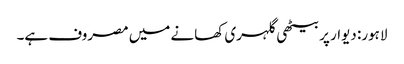
لاہور: دیوار پربیٹھی گلہری کھانے میں مصروف ہے۔